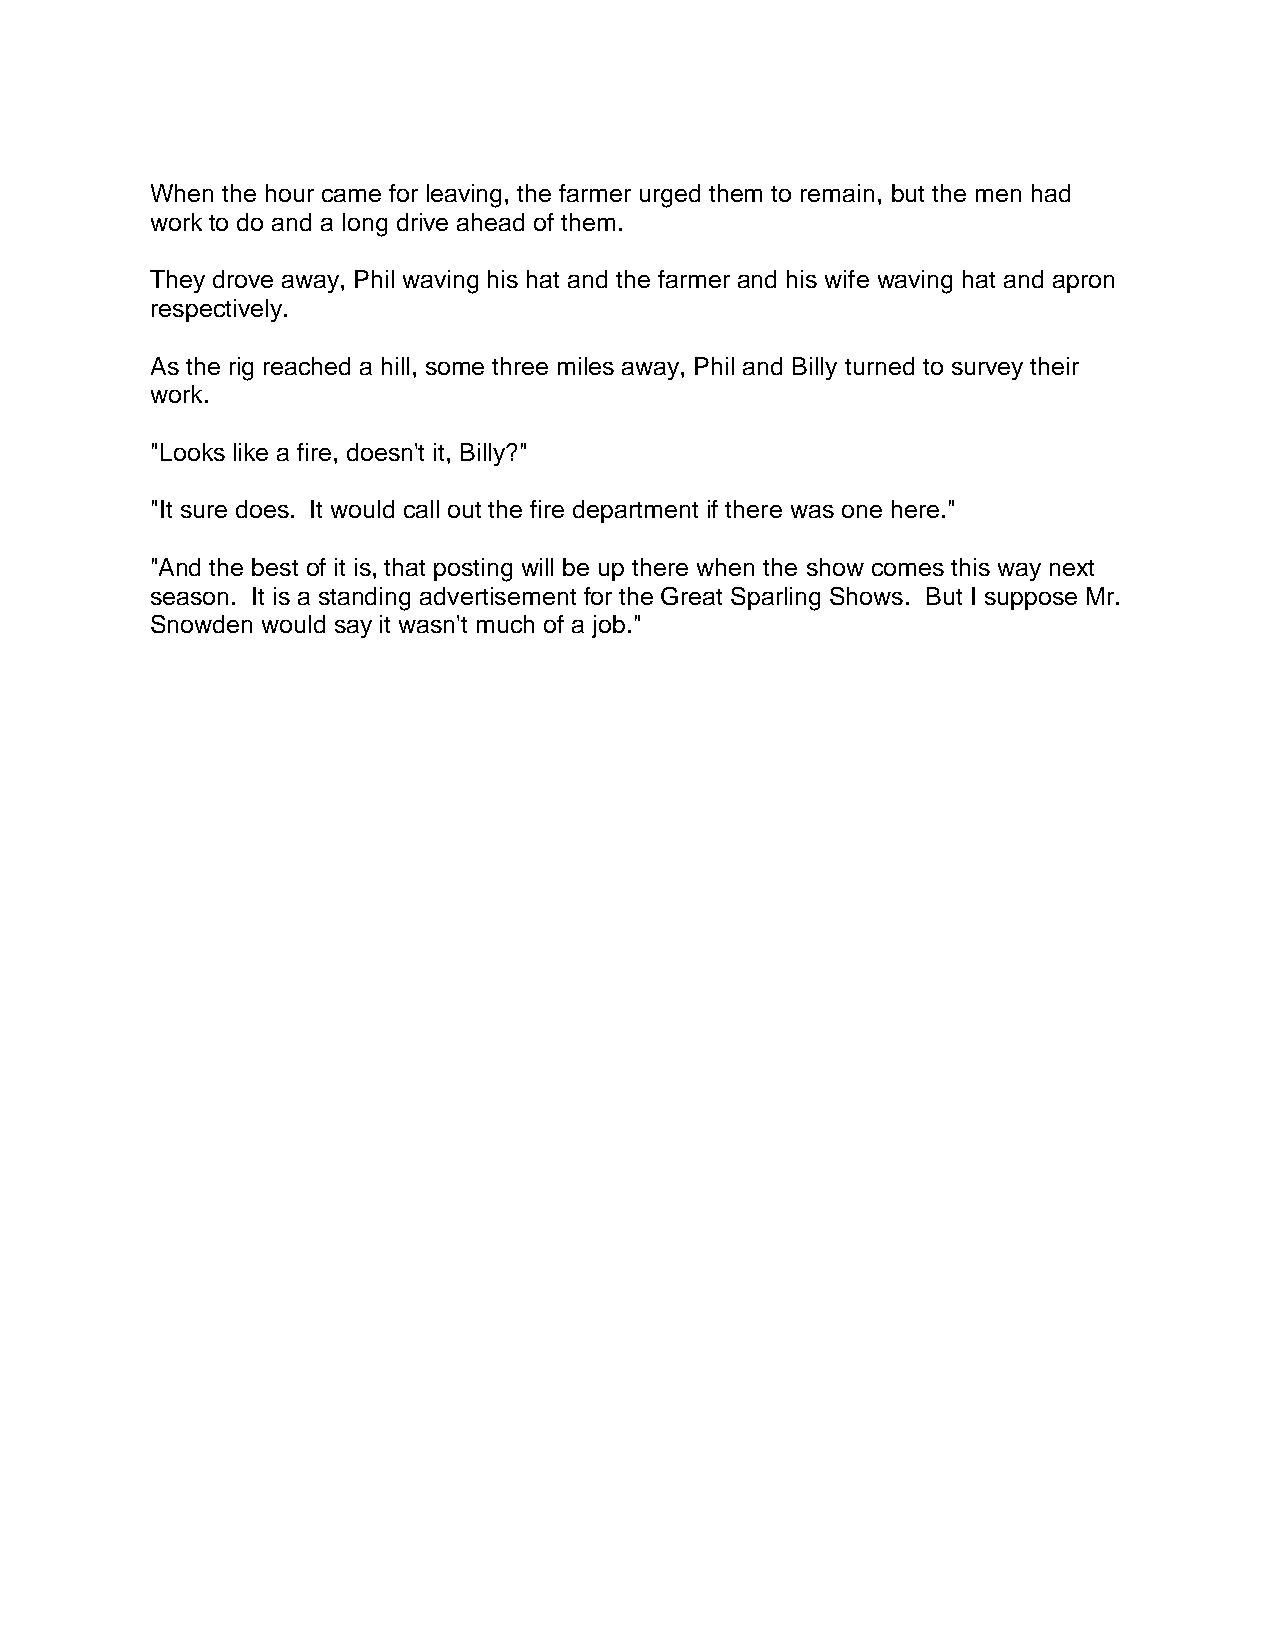
When the hour came for leaving, the farmer urged them to remain, but the men had
 work to do and a long drive ahead of them.
 They drove away, Phil waving his hat and the farmer and his wife waving hat and apron
 respectively.
 As the rig reached a hill, some three miles away, Phil and Billy turned to survey their
 work.
 "Looks like a fire, doesn't it, Billy?"
 "It sure does. It would call out the fire department if there was one here."
 "And the best of it is, that posting will be up there when the show comes this way next
 season. It is a standing advertisement for the Great Sparling Shows. But I suppose Mr.
 Snowden would say it wasn't much of a job."